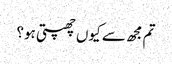
تم مجھ سے کیوں چھپتی ہو؟